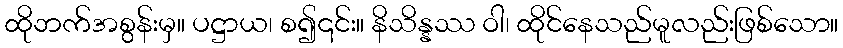
ထိုဘက်အစွန်းမှ။ ပဋ္ဌာယ၊ စ၍၎င်း။ နိသိန္နဿ ဝါ၊ ထိုင်နေသည်မူလည်းဖြစ်သော။